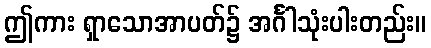
ဤကား ရှာသောအာပတ်၌ အင်္ဂါသုံးပါးတည်း။